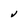
Character: V